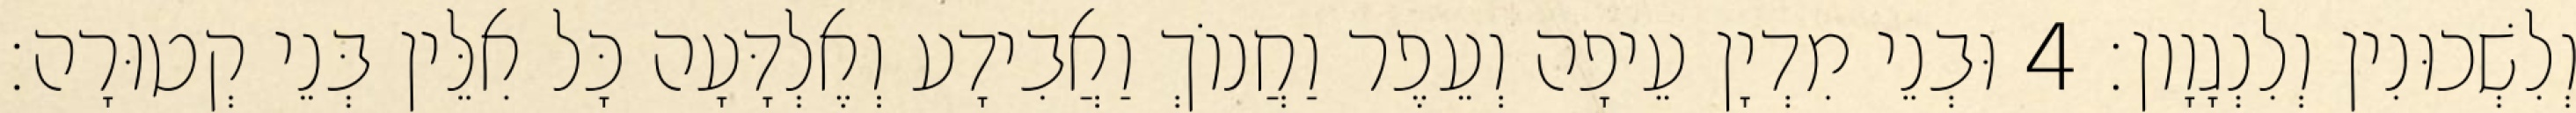
וְלִשְׁכוּנִין וְלִנְגָוָון׃ 4 וּבְנֵי מִדְיָן עֵיפָה וְעֵפֶר וַחֲנוֹךְ וַאֲבִידָע וְאֶלְדָּעָה כָּל אִלֵּין בְּנֵי קְטוּרָה׃